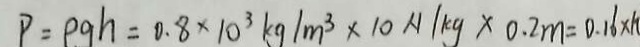
P = \rho g h = 0 . 8 \times 1 0 ^ { 3 } k g / m ^ { 3 } \times 1 0 N / k g \times 0 . 2 m = 0 . 1 6 \times